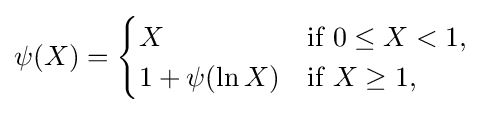
\psi (X)={\begin{cases}X&{\text{if }}0\leq X<1,\\1+\psi (\ln X)&{\text{if }}X\geq 1,\end{cases}}